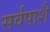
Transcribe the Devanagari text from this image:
सर्वपाशै